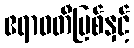
ဧရာဝတီမြစ်နှင့်